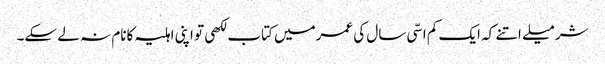
شرمیلے اتنے کہ ایک کم اسّی سال کی عمرمیں کتاب لکھی تو اپنی اہلیہ کانام نہ لے سکے۔